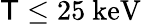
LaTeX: \mathsf{T}\leq25{\mathrm{{~keV}}}